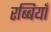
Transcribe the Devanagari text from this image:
रब्बियाँ